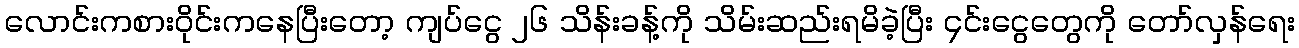
လောင်းကစားဝိုင်းကနေပြီးတော့ ကျပ်ငွေ ၂၆ သိန်းခန့်ကို သိမ်းဆည်းရမိခဲ့ပြီး ၄င်းငွေတွေကို တော်လှန်ရေး